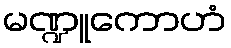
မဏ္ဍူကောဟံ